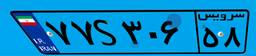
۶۱S۱۹۸۴۹